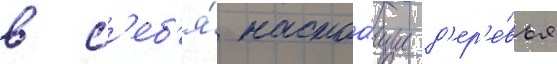
в с'еб'я́ настоа́щие д'ер'е́вья